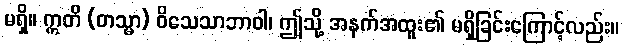
မရှိ။ ဣတိ (တသ္မာ) ဝိသေသာဘာဝါ၊ ဤသို့ အနက်အထူး၏ မရှိခြင်းကြောင့်လည်း။